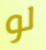
لو